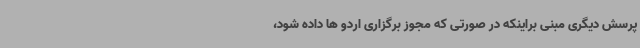
پرسش دیگری مبنی براینکه در صورتی که مجوز برگزاری اردو ها داده شود،